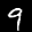
Label: 9